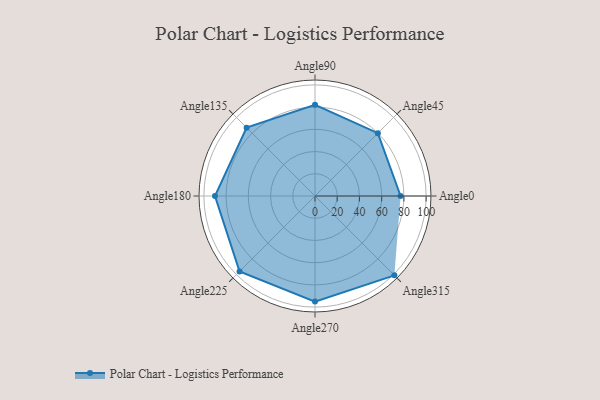
{"axis": {"x": "Angle", "y": "Radius"}, "legend": [""], "data": [{"x": "Angle0", "y": 77.0, "type": ""}, {"x": "Angle45", "y": 80.0, "type": ""}, {"x": "Angle90", "y": 82.0, "type": ""}, {"x": "Angle135", "y": 87.0, "type": ""}, {"x": "Angle180", "y": 90.0, "type": ""}, {"x": "Angle225", "y": 96.0, "type": ""}, {"x": "Angle270", "y": 95.0, "type": ""}, {"x": "Angle315", "y": 101.0, "type": ""}]}